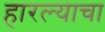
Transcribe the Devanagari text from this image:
हारल्याचा